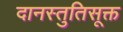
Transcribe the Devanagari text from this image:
दानस्तुतिसूक्त